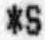
*S